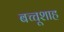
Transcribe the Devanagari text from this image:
बच्चूशाह